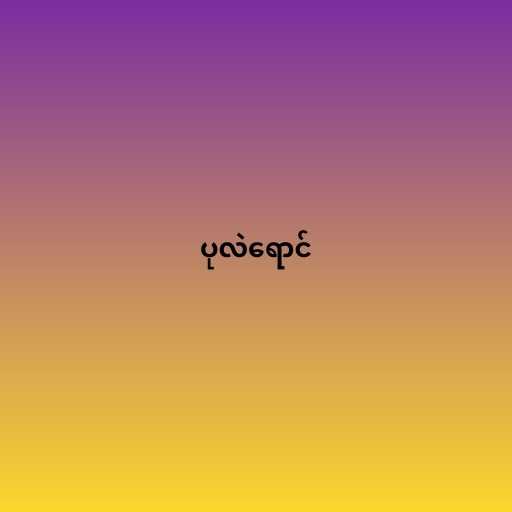
ပုလဲရောင်